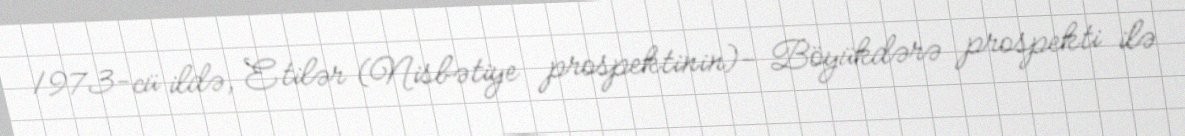
1973-cü ildə, Etilər (Nisbətiye prospektinin)- Böyükdərə prospekti ilə